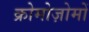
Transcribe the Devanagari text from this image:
क्रोमोज़ोमों